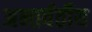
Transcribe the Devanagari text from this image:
अन्‍तर्वर्तीय